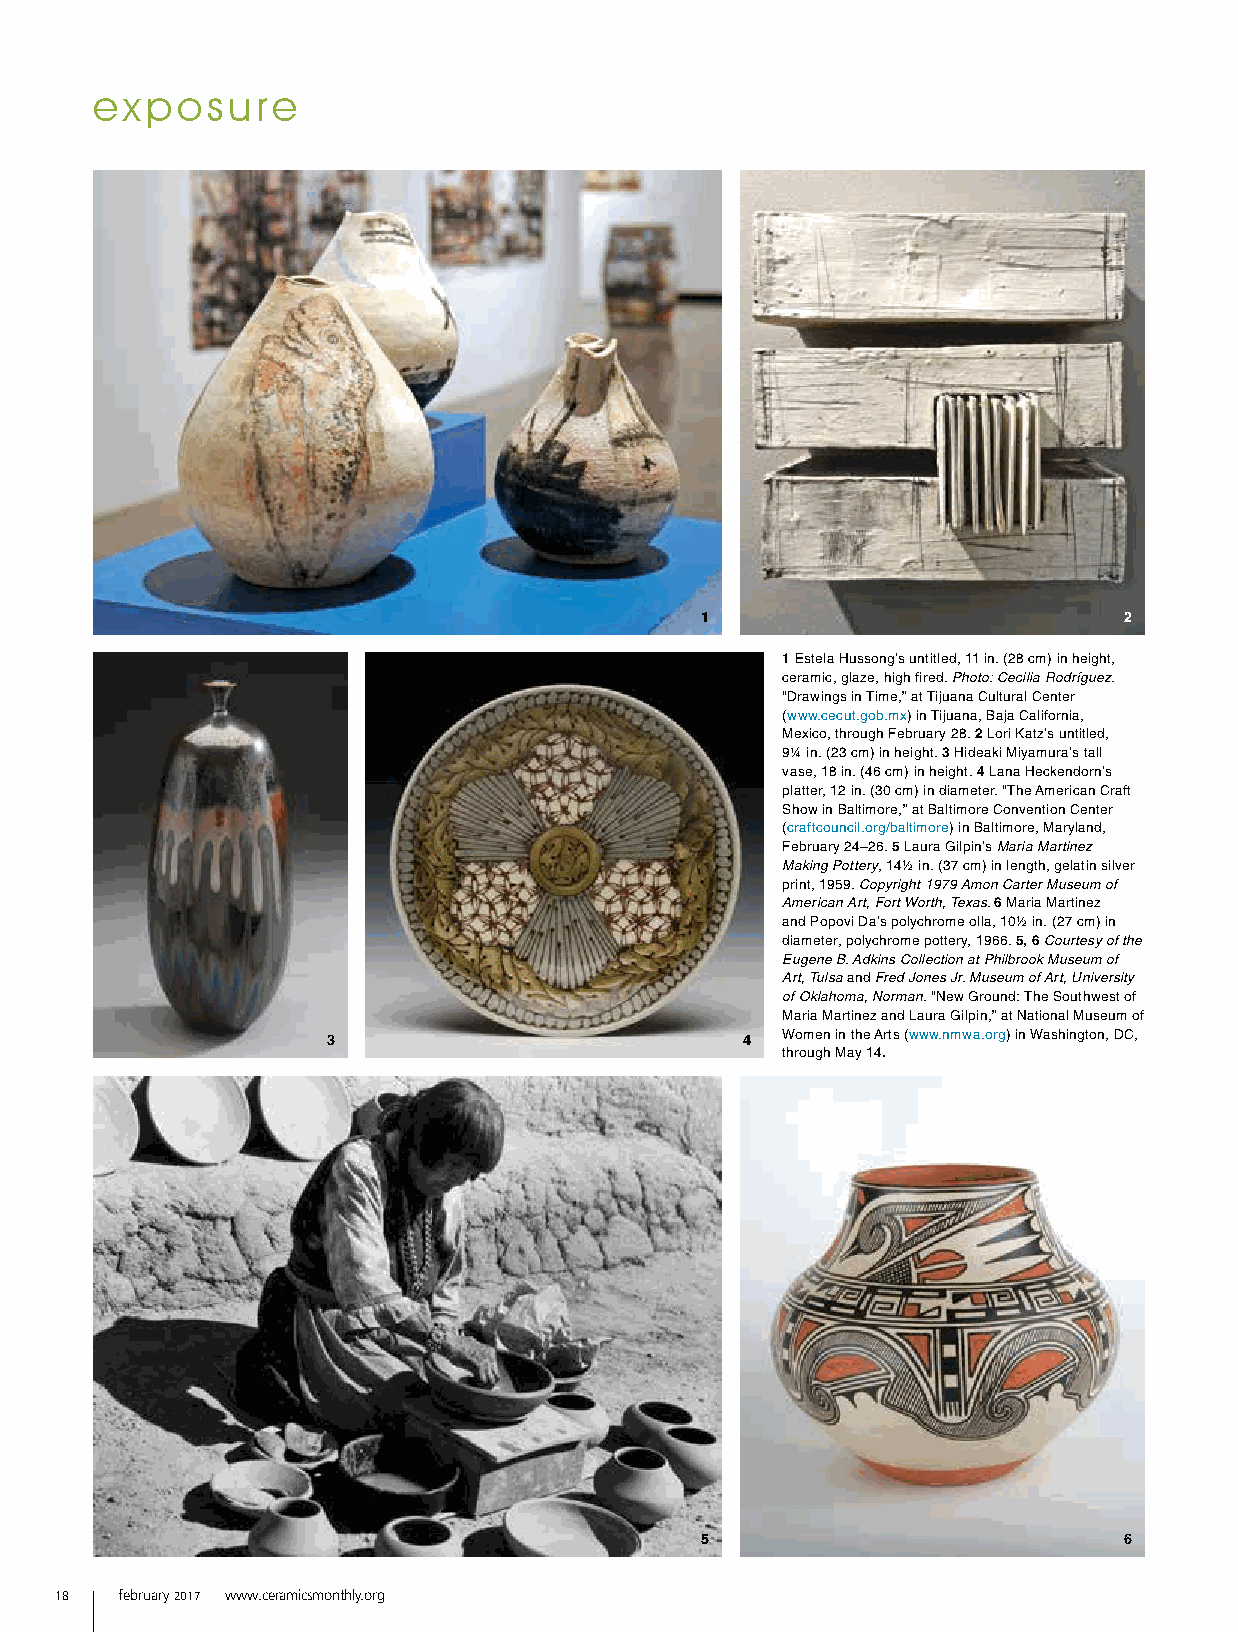
exposure
 1                           2
 1 Estela Hussong’s untitled, 11 in. (28 cm) in height,
 ceramic, glaze, high fired. Photo: Cecilia Rodríguez.
 “Drawings in Time,” at Tijuana Cultural Center
 (www.cecut.gob.mx) in Tijuana, Baja California,
 Mexico, through February 28. 2 Lori Katz’s untitled,
 9¼ in. (23 cm) in height. 3 Hideaki Miyamura’s tall
 vase, 18 in. (46 cm) in height. 4 Lana Heckendorn’s
 platter, 12 in. (30 cm) in diameter. “The American Craft
 Show in Baltimore,” at Baltimore Convention Center
 (craftcouncil.org/baltimore) in Baltimore, Maryland,
 February 24–26. 5 Laura Gilpin’s Maria Martinez
 Making Pottery, 14½ in. (37 cm) in length, gelatin silver
 print, 1959. Copyright 1979 Amon Carter Museum of
 American Art, Fort Worth, Texas. 6 Maria Martinez
 and Popovi Da’s polychrome olla, 10½ in. (27 cm) in
 diameter, polychrome pottery, 1966. 5, 6 Courtesy of the
 Eugene B. Adkins Collection at Philbrook Museum of
 Art, Tulsa and Fred Jones Jr. Museum of Art, University
 of Oklahoma, Norman. “New Ground: The Southwest of
 Maria Martinez and Laura Gilpin,” at National Museum of
 3                          4  Women in the Arts (www.nmwa.org) in Washington, DC,
 through May 14.
 5                           6
 18  february 2017 www.ceramicsmonthly.org